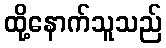
ထို့နောက်သူသည်